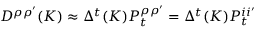
D ^ { \rho \rho ^ { \prime } } ( K ) \approx \Delta ^ { t } ( K ) { \cal { P } } _ { t } ^ { \rho \rho ^ { \prime } } = \Delta ^ { t } ( K ) { \cal { P } } _ { t } ^ { i i ^ { \prime } }